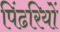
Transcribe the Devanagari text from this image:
पिंढरियों